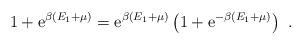
LaTeX: \begin{align*}1+ {\rm e}^{\beta(E_1+\mu)} = {\rm e}^{\beta (E_1+\mu)} \left( 1+{\rm e}^{-\beta (E_1+\mu)}\right) \ .\end{align*}